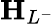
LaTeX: \mathbf{H}_{L^{-}}